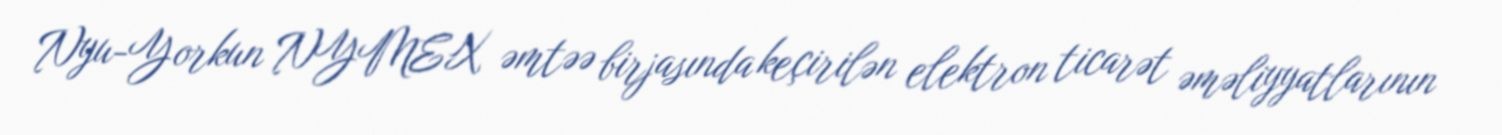
Nyu-Yorkun NYMEX əmtəə birjasında keçirilən elektron ticarət əməliyyatlarının